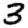
Digit: 3